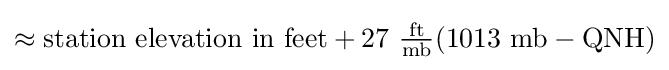
{\textstyle \approx {\text{station elevation in feet}}+27~{\frac {\text{ft}}{\text{mb}}}(1013~{\text{mb}}-{\text{QNH}})}